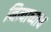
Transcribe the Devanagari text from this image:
नित्याच्याच